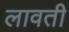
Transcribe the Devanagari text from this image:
लावती